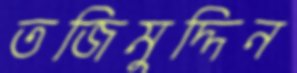
তজিমুদ্দিন